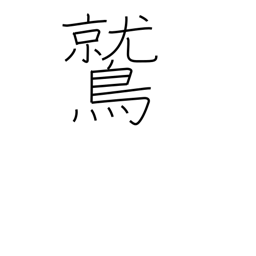
Meaning: eagle